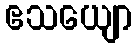
ဧသယျော